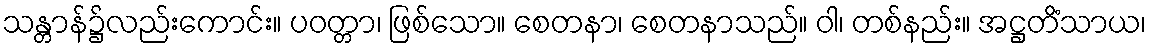
သန္တာန်၌လည်းကောင်း။ ပဝတ္တာ၊ ဖြစ်သော။ စေတနာ၊ စေတနာသည်။ ဝါ၊ တစ်နည်း။ အဋ္ဌတိံသာယ၊